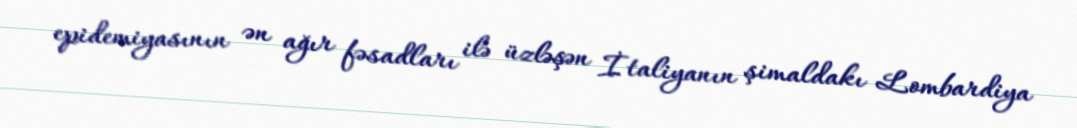
epidemiyasının ən ağır fəsadları ilə üzləşən İtaliyanın şimaldakı Lombardiya